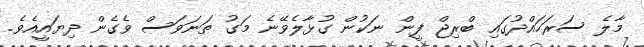
މާލެ ސަރަހައްދުގައި ބްރިޖް ފީން ނަކުން ގުޅާލެވޭނެ މަގު ތަނަވަސް ވެގެން ދިޔައީއެވެ.